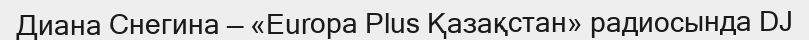
Диана Снегина — «Europa Plus Қазақстан» радиосында DJ